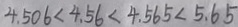
4 . 5 0 6 < 4 . 5 6 < 4 . 5 6 5 < 5 . 6 5